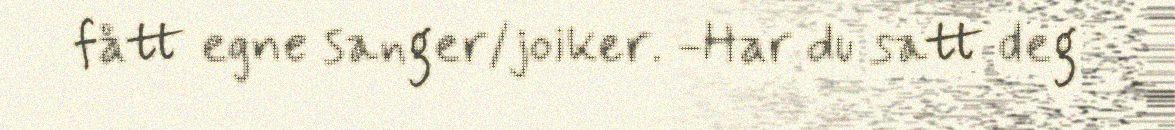
fått egne sanger/joiker. -Har du satt deg